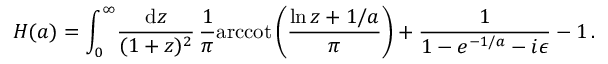
H ( a ) = \int _ { 0 } ^ { \infty } \! { \frac { \mathrm { d } z } { ( 1 + z ) ^ { 2 } } } \, { \frac { 1 } { \pi } } \mathrm { a r c c o t } \, \bigg ( { \frac { \ln z + 1 / a } { \pi } } \bigg ) + { \frac { 1 } { 1 - e ^ { - 1 / a } - i \epsilon } } - 1 \, .